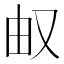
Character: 𰆹